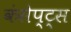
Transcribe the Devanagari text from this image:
कंसेप्ट्स